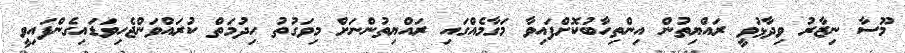
މޫސާ ނިޒާރު ވިދާޅުވީ ރައްޔިތުން އިންތިހާބުކޮށްފައިވާ މަގާމެއްގައި ރައްޔިތުންނަށް މިވަގުތު ހިދުމަތް ކުރައްވަންޖެހިވަޑައިގެންފައިވީ